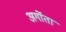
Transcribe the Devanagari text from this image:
अर्गोता